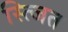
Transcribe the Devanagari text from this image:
स्त्जित